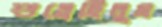
শুধ্‌রেছিলুম